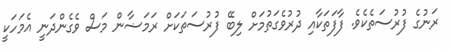
ރަނުގެ ފުރުސަތެކެވެ. ފާފަތަކާއި ދުރުވެގަތުމަށް ލިބޭ ފުރުސަތަކަށް ރަމަޟާން މަސް ވެގެންދަނީ އެމަހަކީ